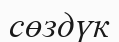
сөздүк